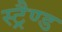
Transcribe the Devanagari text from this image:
स्ट्रैण्ड